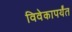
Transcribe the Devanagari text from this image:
विवेकापर्यंत